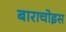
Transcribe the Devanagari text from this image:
बाराचोइस